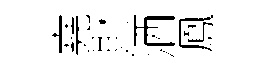
堯財洒鳳